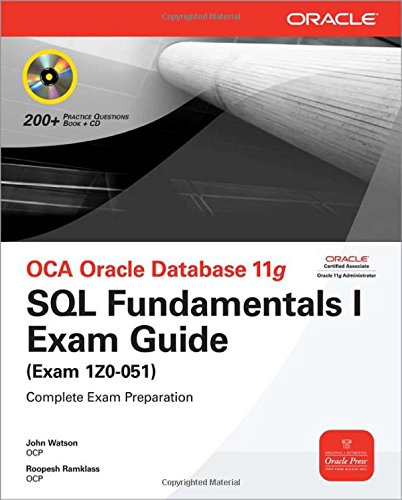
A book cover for OCA Oracle Database 11g SQL Fundamentals I Exam Guide: Exam 1Z0-051 (Oracle Press); John Watson; Computers & Technology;